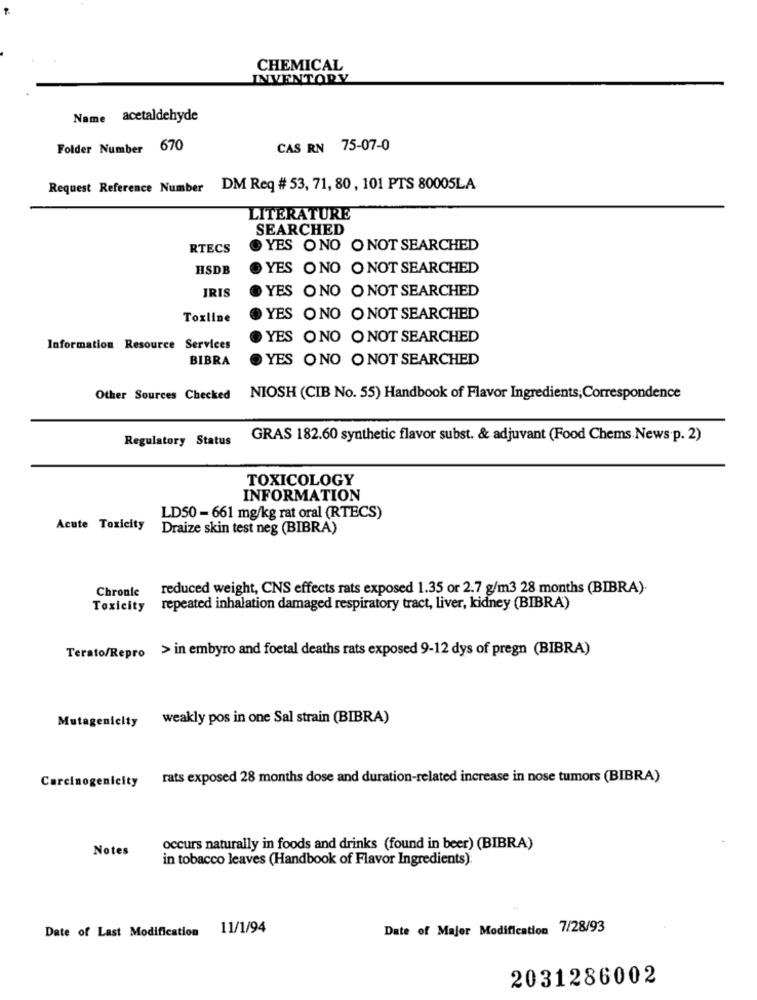
CHEMICAL
INVENTORY
Name acetaldehyde
Folder Number 670
CAS RN 75-07-0
Request Reference Number DM Req # 53, 71, 80, 101 PTS 80005LA
LITERATURE
SEARCHED
RTECS
YES ONO ONOT SEARCHED
HSDB
YES ONO O NOT SEARCHED
IRIS
YES ONO O NOT SEARCHED
Toxline
YES ONO ONOT SEARCHED
YES ONO O NOT SEARCHED
Information Resource Services
BIBRA
YES ONO O NOT SEARCHED
Other Sources Checked
NIOSH (CIB No. 55) Handbook of Flavor Ingredients, Correspondence
Regulatory Status
GRAS 182.60 synthetic flavor subst. & adjuvant (Food Chems.News.p. 2)
TOXICOLOGY
INFORMATION
LD50 - 661 mg/kg rat oral (RTECS)
Acute Toxicity
Draize skin test neg (BIBRA)
Chronle
reduced weight, CNS effects rats exposed 1.35 or 2.7 g/m3 28 months (BIBRA).
Toxicity repeated inhalation damaged respiratory tract, liver, kidney (BIBRA)
Terato/Repro > in embyro and foetal deaths rats exposed 9-12 dys of pregn (BIBRA)
weakly pos in one Sal strain (BIBRA)
Mutagenicity
Carcinogenicity
rats exposed 28 months dose and duration-related increase in nose tumors (BIBRA).
Notes
occurs naturally in foods and drinks (found in beer) (BIBRA)
in tobacco leaves (Handbook of Flavor Ingredients):
Date of Last Modification 11/1/94
Date of Major Modification 7/28/93
2031286002